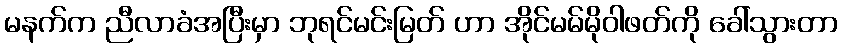
မနက်က ညီလာခံအပြီးမှာ ဘုရင်မင်းမြတ် ဟာ အိုင်မမ်မိုဝါဖတ်ကို ခေါ်သွားတာ